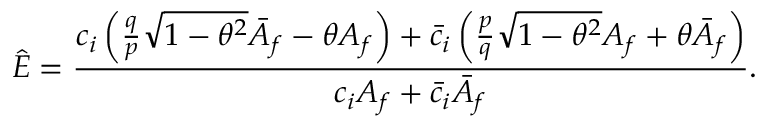
\hat { E } = \frac { c _ { i } \left( \frac { q } { p } \sqrt { 1 - \theta ^ { 2 } } \bar { A } _ { f } - \theta A _ { f } \right) + \bar { c } _ { i } \left( \frac { p } { q } \sqrt { 1 - \theta ^ { 2 } } A _ { f } + \theta \bar { A } _ { f } \right) } { c _ { i } A _ { f } + \bar { c } _ { i } \bar { A } _ { f } } .